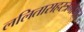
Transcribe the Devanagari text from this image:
ललितासहस्त्रनामात